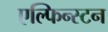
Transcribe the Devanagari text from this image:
एल्फिन्‍स्टन